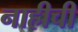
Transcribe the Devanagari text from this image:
नाहीची